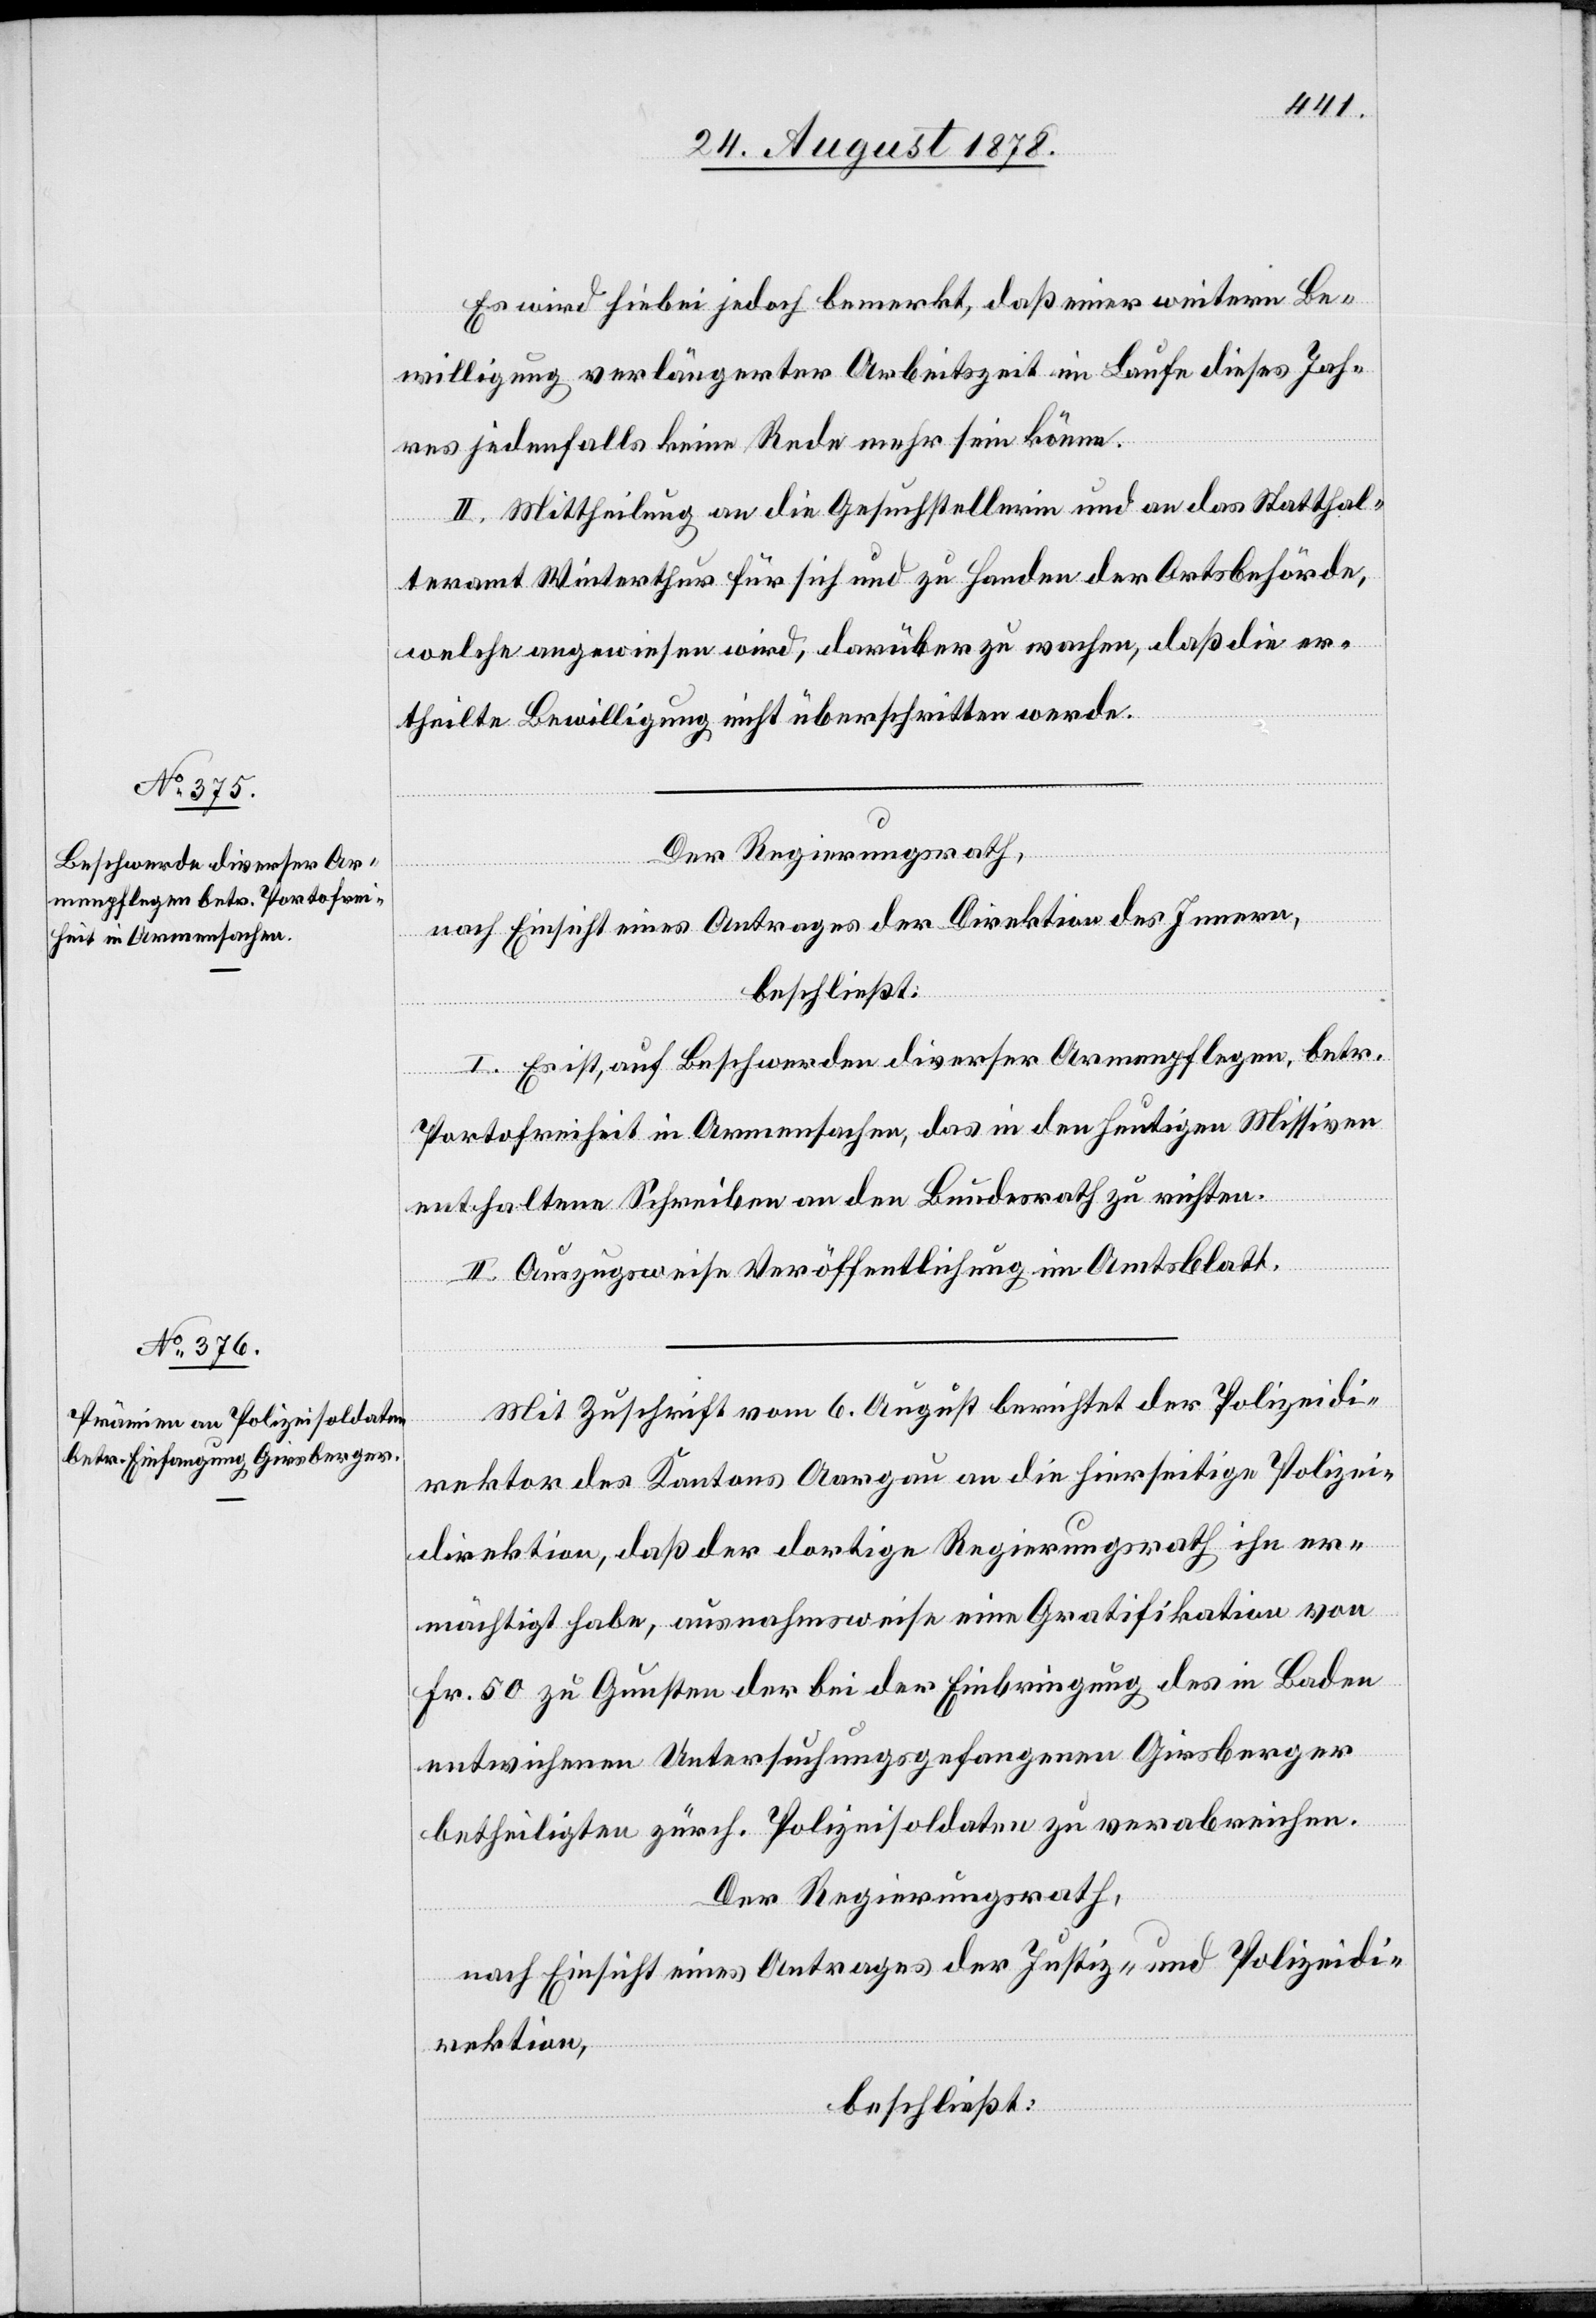
Es wird hiebei jedoch bemerkt, daß einer weitern Be¬
willigung verlängerter Arbeitszeit im Laufe dieses Jah¬
res jedenfalls keine Rede mehr sein könne.
II. Mittheilung an die Gesuchstellerin und an das Statthal¬
teramt Winterthur für sich und zu Handen der Ortsbehörde,
welche angewiesen wird, darüber zu wachen, daß die er¬
theilte Bewilligung nicht überschritten werde.
Der Regierungsrath,
nach Einsicht eines Antrages der Direktion des Innern,
beschließt:
I. Es ist, auf Beschwerden diverser Armenpflegen, betr.
Portofreiheit in Armensachen, das in den heutigen Missiven
enthaltene Schreiben an den Bundesrath zu richten.
II. Auszugsweise Veröffentlichung im Amtsblatt.
Mit Zuschrift vom 6. August berichtet der Polizeidi¬
rektor des Kantons Aargau an die hierseitige Polizei¬
direktion, daß der dortige Regierungsrath ihn er¬
mächtigt habe, ausnahmsweise eine Gratifikation von
Fr. 50 zu Gunsten der bei der Einbringung des in Baden
entwichenen Untersuchungsgefangenen Girsberger
betheiligten zürch. Polizeisoldaten zu verabreichen.
Der Regierungsrath
nach Einsicht eines Antrages der Justiz- und Polizeidi¬
rektion,
beschließt: